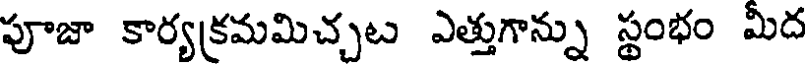
పూజా కార్యక్రమమిచ్చట ఎత్తుగాన్ను స్థంభం మీద